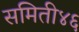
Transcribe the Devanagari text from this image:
समिती४६